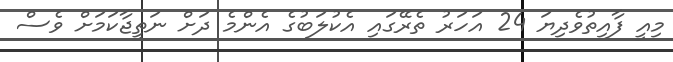
މިއީ ފާއިތުވެދިޔަ 24 އަހަރު ތެރޭގައި އެކުލަބުގެ އެންމެ ދަށް ނަތީޖާކަމަށް ވެސް